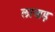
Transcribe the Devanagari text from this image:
लाखड़